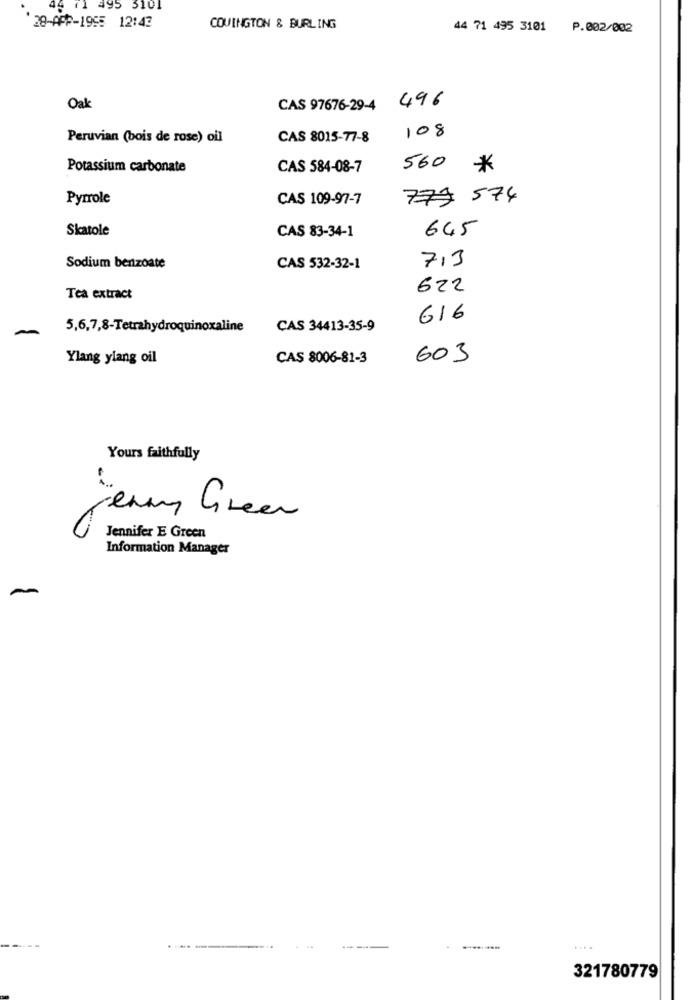
495 5101
28-APP-1955 12:43
COVINGTON & BURLING
44 71 495 3101 P.002/002
CAS 97676-29-4 496
Oak
Peruvian (bois de rose) oil
CAS 8015-77-8
108
Potassium carbonate
CAS 584-08-7
560
*
Pyrrole
CAS 109-97-7
773 574
Skatole
645
CAS 83-34-1
7,3
Sodium benzoate
CAS 532-32-1
622
Tea extract
616
5,6,7,8-Tetrahydroquinoxaline
CAS 34413-35-9
Ylang ylang oil
CAS 8006-81-3
603
Yours faithfully
jenny Green
Jennifer E Green
Information Manager
----
....
321780779